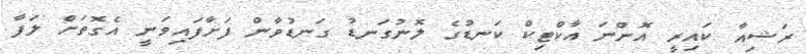
ރަޝިއާ ކައިރީ އޮންނަ އާކްޓިކް ކަނޑުގެ ލޮނުގަނޑު ގަނޑުވާން ފަށާފައިވަނީ އެގޮތަށް ލަފާ